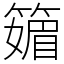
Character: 䉋